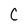
Character: C